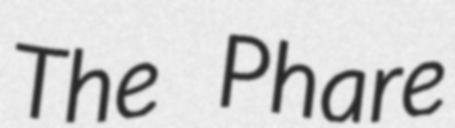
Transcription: The Phare